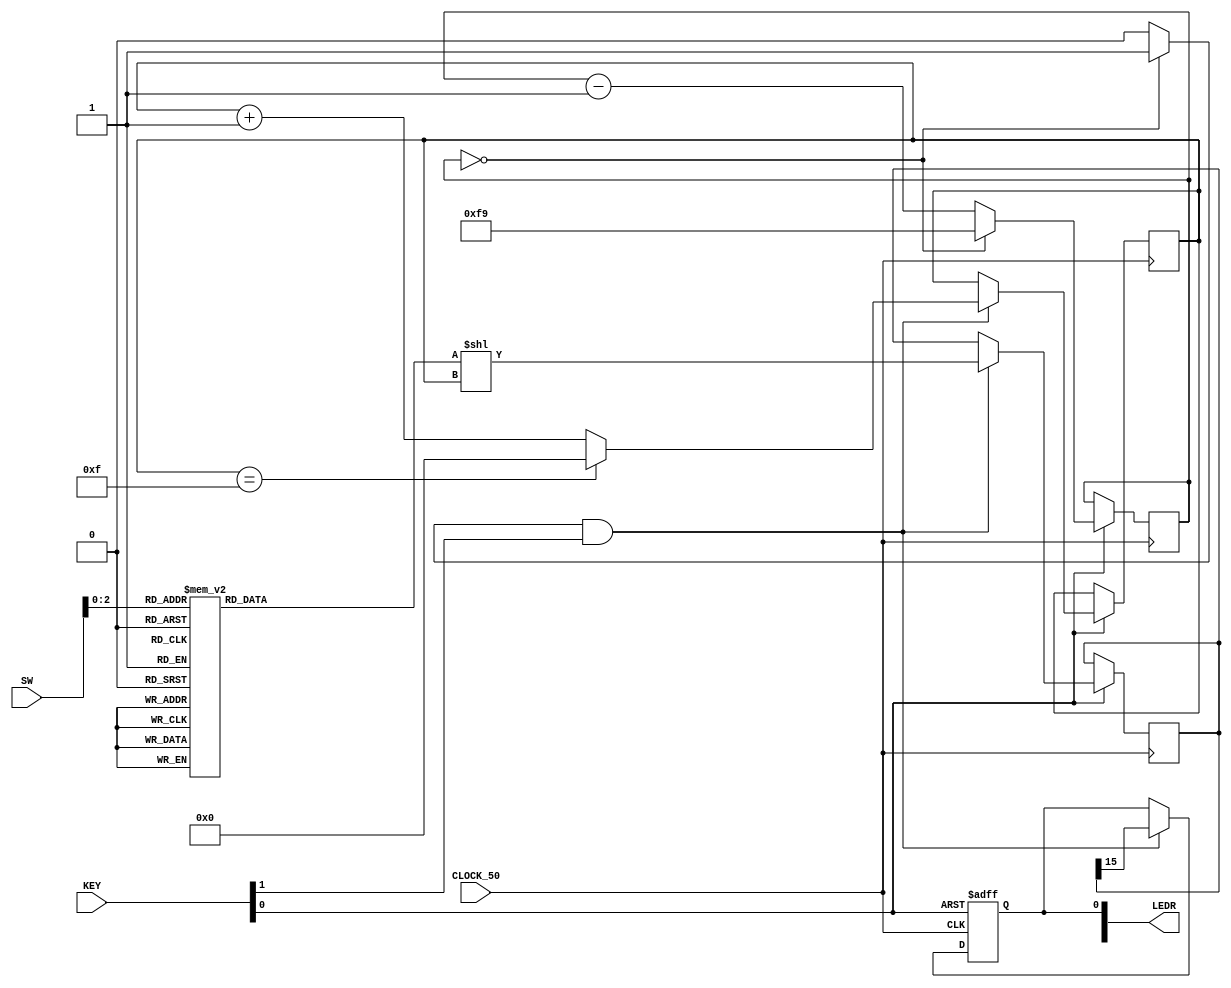
module part3(
	input [9:0]SW, 
	input [3:0]KEY, 
	output [9:0]LEDR, 
	input CLOCK_50
);
	reg q;
	reg [4:0]n;
	reg [15:0]r;
	reg [15:0]LUT;
	reg [31:0]RateDivider;
	wire Enable;
	assign Enable = (RateDivider == 0)?1:0;
	assign LEDR[0] = q;
	
	always @(*)begin
		case(SW[2:0])
			3'b000: LUT = 16'b1011100000000000;
			3'b001: LUT = 16'b1110101010000000;
			3'b010: LUT = 16'b1110101110100000;
			3'b011: LUT = 16'b1110101000000000;
			3'b100: LUT = 16'b1000000000000000;
			3'b101: LUT = 16'b1010111010000000;
			3'b110: LUT = 16'b1110111010000000;
			3'b111: LUT = 16'b1010101000000000;
			default: LUT = 0;
		endcase
	end
	
	always @(posedge CLOCK_50 or negedge KEY[0]) begin
		if(KEY[0] == 0)
			q <= 0;
		else begin
			RateDivider <= (RateDivider == 0)?249:RateDivider-1;
			if((Enable == 1'b1) & (KEY[1] == 1'b1)) begin
				n <= (n == 15)?0:n + 1;
				r <= LUT << n;
				q <= r[15];
			end
		end
	end
endmodule